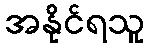
အနိုင်ရသူ